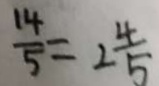
\frac { 1 4 } { 5 } = 2 \frac { 4 } { 5 }